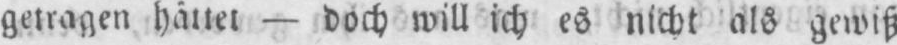
getragen hättet - doch will ich es nicht als gewiß